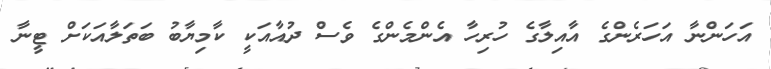
އަހަންނާ އަހަރެންގެ އާއިލާގެ ހުރިހާ އެންމެންގެ ވެސް ދުއާއަކީ ކާމިޔާބު ބަތަލާއަކަށް ޓީނާ